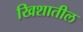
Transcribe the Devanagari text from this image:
खिशातील